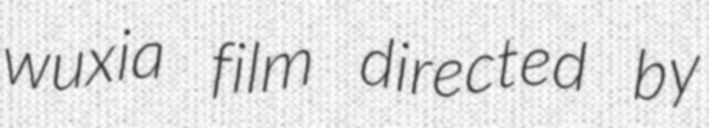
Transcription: wuxia film directed by